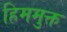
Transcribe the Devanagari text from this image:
हिममुक्त